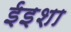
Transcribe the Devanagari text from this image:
ईइशा